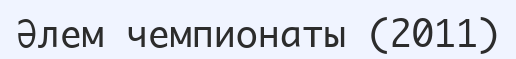
Әлем чемпионаты (2011)